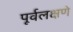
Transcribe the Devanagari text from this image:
पूर्वलक्षणे